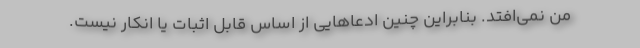
من نمی‌افتد. بنابراین چنین ادعاهایی از اساس قابل اثبات یا انکار نیست.